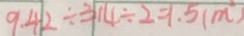
9 . 4 2 \div 3 1 4 \div 2 = 1 . 5 ( m )